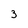
Character: 3